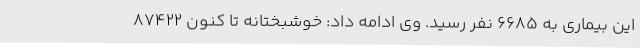
این بیماری به 6685 نفر رسید. وی ادامه داد: خوشبختانه تا کنون 87422